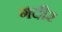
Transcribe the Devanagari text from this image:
गदीर